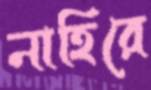
নাহিরে